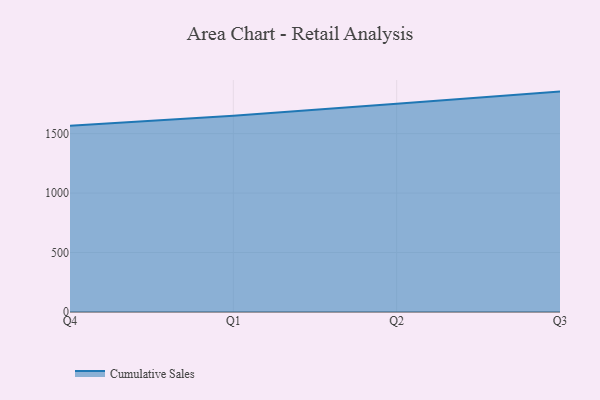
{"axis": {"x": "Quarter", "y": "Population (Million)"}, "legend": ["Cumulative Sales"], "data": [{"x": "Q4", "y": 1566.5, "type": "Cumulative Sales"}, {"x": "Q1", "y": 1649.9, "type": "Cumulative Sales"}, {"x": "Q2", "y": 1752.0, "type": "Cumulative Sales"}, {"x": "Q3", "y": 1853.2, "type": "Cumulative Sales"}]}